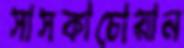
সাসকাচোয়ান